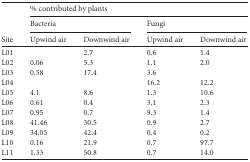
<table><thead><tr><td rowspan="3"><b>Site</b></td><td colspan="4"><b>% contributed by plants</b></td></tr><tr><td colspan="2"><b>Bacteria</b></td><td colspan="2"><b>Fungi</b></td></tr><tr><td><b>Upwind air</b></td><td><b>Downwind air</b></td><td><b>Upwind air</b></td><td><b>Downwind air</b></td></tr></thead><tbody><tr><td>L01</td><td></td><td>2.7</td><td>0.6</td><td>1.4</td></tr><tr><td>L02</td><td>0.06</td><td>5.3</td><td>1.1</td><td>2.0</td></tr><tr><td>L03</td><td>0.58</td><td>17.4</td><td>3.6</td><td></td></tr><tr><td>L04</td><td></td><td></td><td>16.2</td><td>12.2</td></tr><tr><td>L05</td><td>4.1</td><td>8.6</td><td>1.3</td><td>10.6</td></tr><tr><td>L06</td><td>0.61</td><td>0.4</td><td>3.1</td><td>2.3</td></tr><tr><td>L07</td><td>0.95</td><td>0.7</td><td>9.3</td><td>1.4</td></tr><tr><td>L08</td><td>41.46</td><td>30.5</td><td>0.9</td><td>2.7</td></tr><tr><td>L09</td><td>34.05</td><td>42.4</td><td>0.4</td><td>0.2</td></tr><tr><td>L10</td><td>0.16</td><td>21.9</td><td>0.7</td><td>97.7</td></tr><tr><td>L11</td><td>1.33</td><td>50.8</td><td>0.7</td><td>14.0</td></tr></tbody></table>